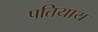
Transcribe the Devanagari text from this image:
पतियाय